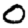
Digit: 0